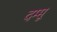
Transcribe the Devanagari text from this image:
दम्मू